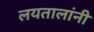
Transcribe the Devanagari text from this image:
लयतालांनी